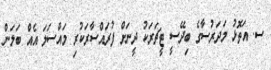
ސ. އަތޮޅު މަދަރުސާގެ ބިދޭސީ ޓީޗަރަކު ދީނަށް ފުރައްސާރަކުރި މައްސަލަ އެއް ބަލަން